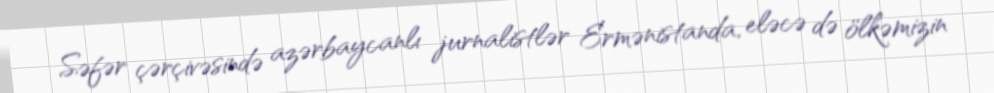
Səfər çərçivəsində azərbaycanlı jurnalistlər Ermənistanda, eləcə də ölkəmizin